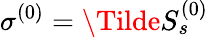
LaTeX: \sigma^{(0)}=\Tilde{S}_{s}^{(0)}